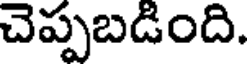
చెప్పబడింది.